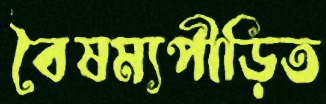
বৈষম্যপীড়িত